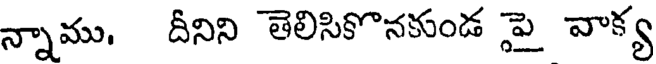
న్నాము, దీనిని తెలిసికొనకుండ పై వాక్య